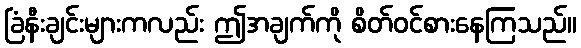
ခြံနီးချင်းများကလည်း ဤအချက်ကို စိတ်ဝင်စားနေကြသည်။